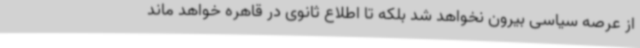
از عرصه سیاسی بیرون نخواهد شد بلکه تا اطلاع ثانوی در قاهره خواهد ماند